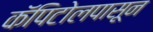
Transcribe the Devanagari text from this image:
कॅपिटोलपासून